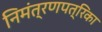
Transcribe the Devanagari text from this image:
निमंत्रणपत्रिका